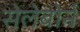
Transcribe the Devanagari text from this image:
सेलेबोर्न